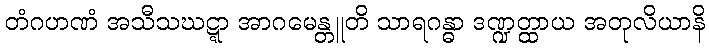
တံဂဟဏံ အသီသဃဋ္ဋာ အာဂမေန္တူတိ သာရဂန္ဓာ ဒဏ္ဍတ္ထာယ အတုလိယာနိ